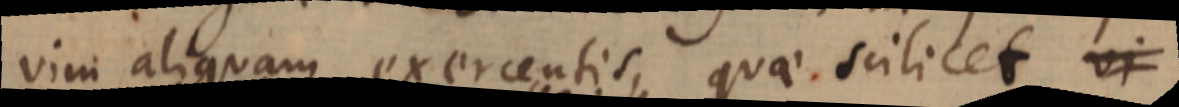
vim aliquam exercentis, quae scilicet vi